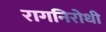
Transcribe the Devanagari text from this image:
रागनिरोधी